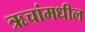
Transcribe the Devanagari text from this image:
ऋचांमधील